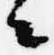
々